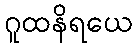
ဂူထနိရယေ